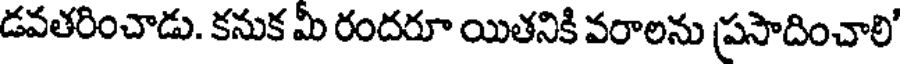
డవతరించాడు. కనుక మీ రందరూ యితనికి వరాలను ప్రసాదించాలి'